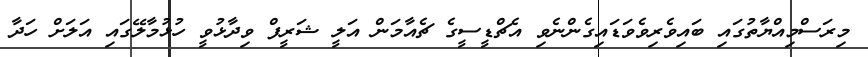
މިރަސްމިއްޔާތުގައި ބައިވެރިވެވަޑައިގެންނެވި އެޗްޑީސީގެ ޗެއާމަން އަލީ ޝަރީފް ވިދާޅުވީ ހުޅުމާލޭގައި އަލަށް ހަދާ